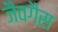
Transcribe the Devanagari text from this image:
जैवगैस